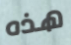
هذه